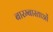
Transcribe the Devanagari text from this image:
बारम्बारताओं